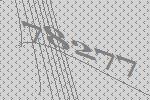
78277